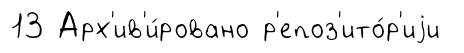
13 Арх'ив'и́ровано р'епоз'ито́р'иjи